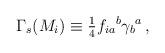
LaTeX: \begin{align*}\Gamma_{s}(M_{i})\equiv {\textstyle\frac{1}{4}}f_{ia}{}^{b}\gamma_{b}{}^{a}\, ,\end{align*}